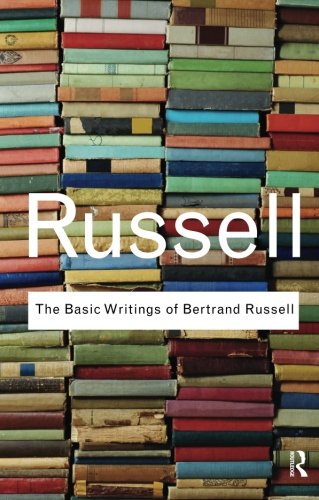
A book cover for The Basic Writings of Bertrand Russell (Routledge Classics); Bertrand Russell; Literature & Fiction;